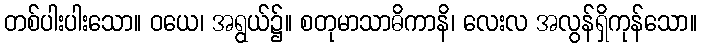
တစ်ပါးပါးသော။ ဝယေ၊ အရွယ်၌။ စတုမာသာဓိကာနိ၊ လေးလ အလွန်ရှိကုန်သော။